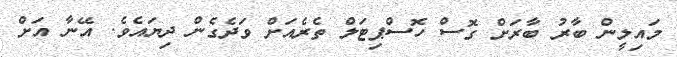
މައިލީން ބާރު ބާރަށް ގޮސް ހޮސްޕިޓަލް ތެރެއަށް ވަދެގެން ދިޔައެވެ. އޭނާ އަށް